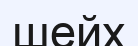
шейх